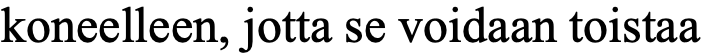
koneelleen, jotta se voidaan toistaa